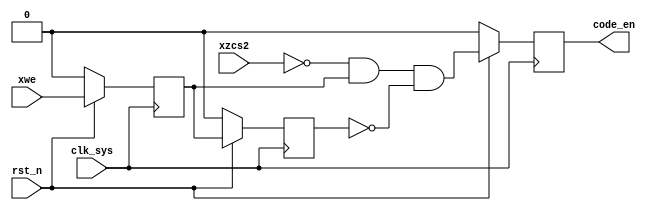
// xwe_xzcs2_syn.v
module xwe_xzcs2_syn(
                   rst_n,
                   clk_sys,
                   xwe,
                   xzcs2,
                   code_en
                  );

input rst_n;
input clk_sys;
input xwe;
input xzcs2;

output code_en;

reg code_en;

reg xwe_reg1;
reg xwe_reg2;
//reg xwe_reg3;

wire code_en_wire;

always @ (posedge clk_sys)
    begin
         if (rst_n == 1'b0)
             {xwe_reg1,xwe_reg2} <= 2'b0;
         else
             begin
                  xwe_reg1 <= xwe;
                  xwe_reg2 <= xwe_reg1;
                  //xwe_reg3 <= xwe_reg2;
             end
    end

//assign xwe_wire   = xwe_reg1 & (~xwe_reg2);//,clk_sys
//assign xzcs2_wire = ~xzcs2;//

assign code_en_wire =  (~xzcs2) & xwe_reg1 & (~xwe_reg2);

always @ (posedge clk_sys)
    begin
         if (rst_n == 1'b0)
             code_en <= 1'b0;
         else
             code_en <= code_en_wire;
    end

endmodule